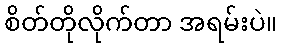
စိတ်တိုလိုက်တာ အရမ်းပဲ။